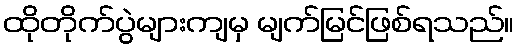
ထိုတိုက်ပွဲများကျမှ မျက်မြင်ဖြစ်ရသည်။